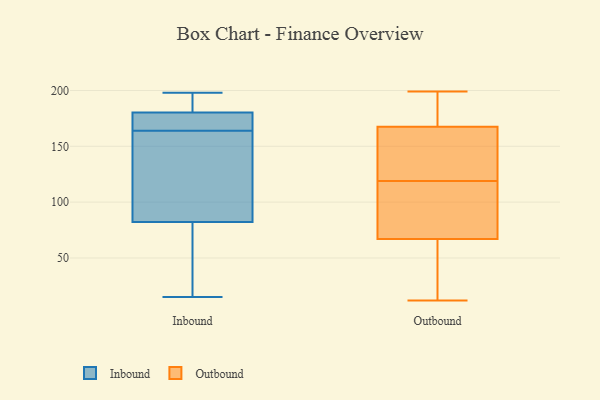
{"axis": {"x": "Shipments", "y": "Value"}, "legend": ["Inbound", "Outbound"], "data": [{"x": "", "y": 132, "type": "Inbound"}, {"x": "", "y": 15, "type": "Inbound"}, {"x": "", "y": 181, "type": "Inbound"}, {"x": "", "y": 198, "type": "Inbound"}, {"x": "", "y": 29, "type": "Inbound"}, {"x": "", "y": 127, "type": "Inbound"}, {"x": "", "y": 170, "type": "Inbound"}, {"x": "", "y": 180, "type": "Inbound"}, {"x": "", "y": 182, "type": "Inbound"}, {"x": "", "y": 68, "type": "Inbound"}, {"x": "", "y": 87, "type": "Inbound"}, {"x": "", "y": 170, "type": "Inbound"}, {"x": "", "y": 164, "type": "Inbound"}, {"x": "", "y": 52, "type": "Outbound"}, {"x": "", "y": 163, "type": "Outbound"}, {"x": "", "y": 165, "type": "Outbound"}, {"x": "", "y": 199, "type": "Outbound"}, {"x": "", "y": 170, "type": "Outbound"}, {"x": "", "y": 42, "type": "Outbound"}, {"x": "", "y": 82, "type": "Outbound"}, {"x": "", "y": 89, "type": "Outbound"}, {"x": "", "y": 126, "type": "Outbound"}, {"x": "", "y": 112, "type": "Outbound"}, {"x": "", "y": 12, "type": "Outbound"}, {"x": "", "y": 174, "type": "Outbound"}]}